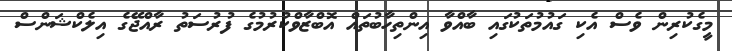
މީގެކުރިން ވެސް އެކި ގައުމުތަކުގައި ބާއްވާ އިންތިހާބުތައް އޮބްޒާވްކުރުމުގެ ފުރުސަތު ރާއްޖޭގެ އިލެކްޝަންސް